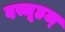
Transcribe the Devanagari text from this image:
दस्तूहल्